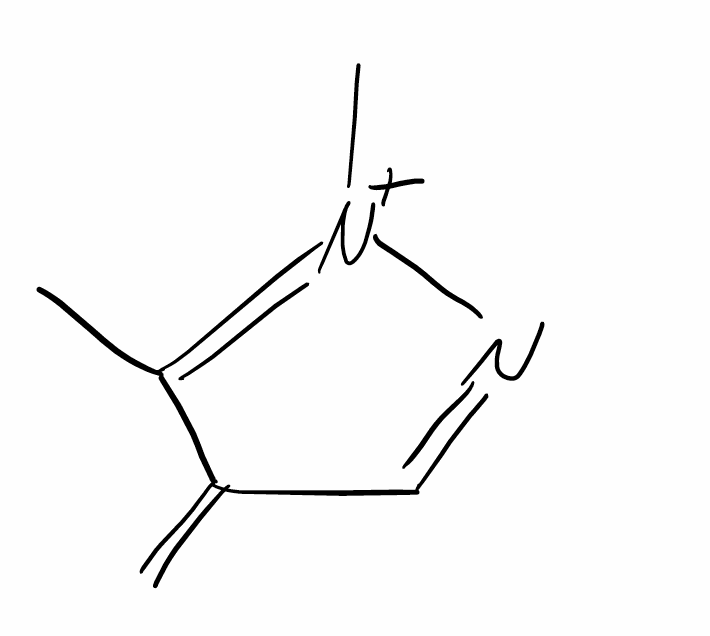
Simplified molecular-input line-entry system (SMILES) notation of the given molecule:
CC1=[N+](N=CC1=C)C